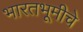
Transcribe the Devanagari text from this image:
भारतभूमीचे